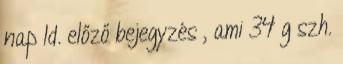
nap ld. előző bejegyzés , ami 34 g szh.